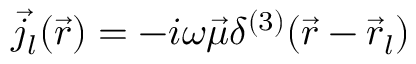
\vec { j } _ { l } ( \vec { r } ) = - i \omega \vec { \mu } \delta ^ { ( 3 ) } ( \vec { r } - \vec { r } _ { l } )